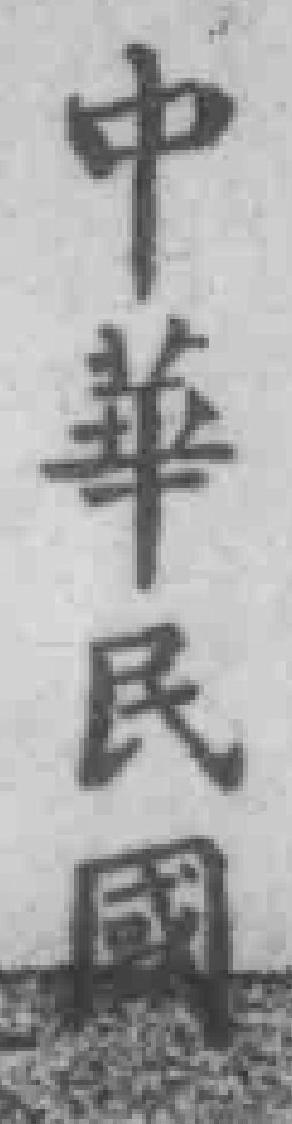
中華民國